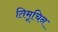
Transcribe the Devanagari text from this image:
तिमूचिन